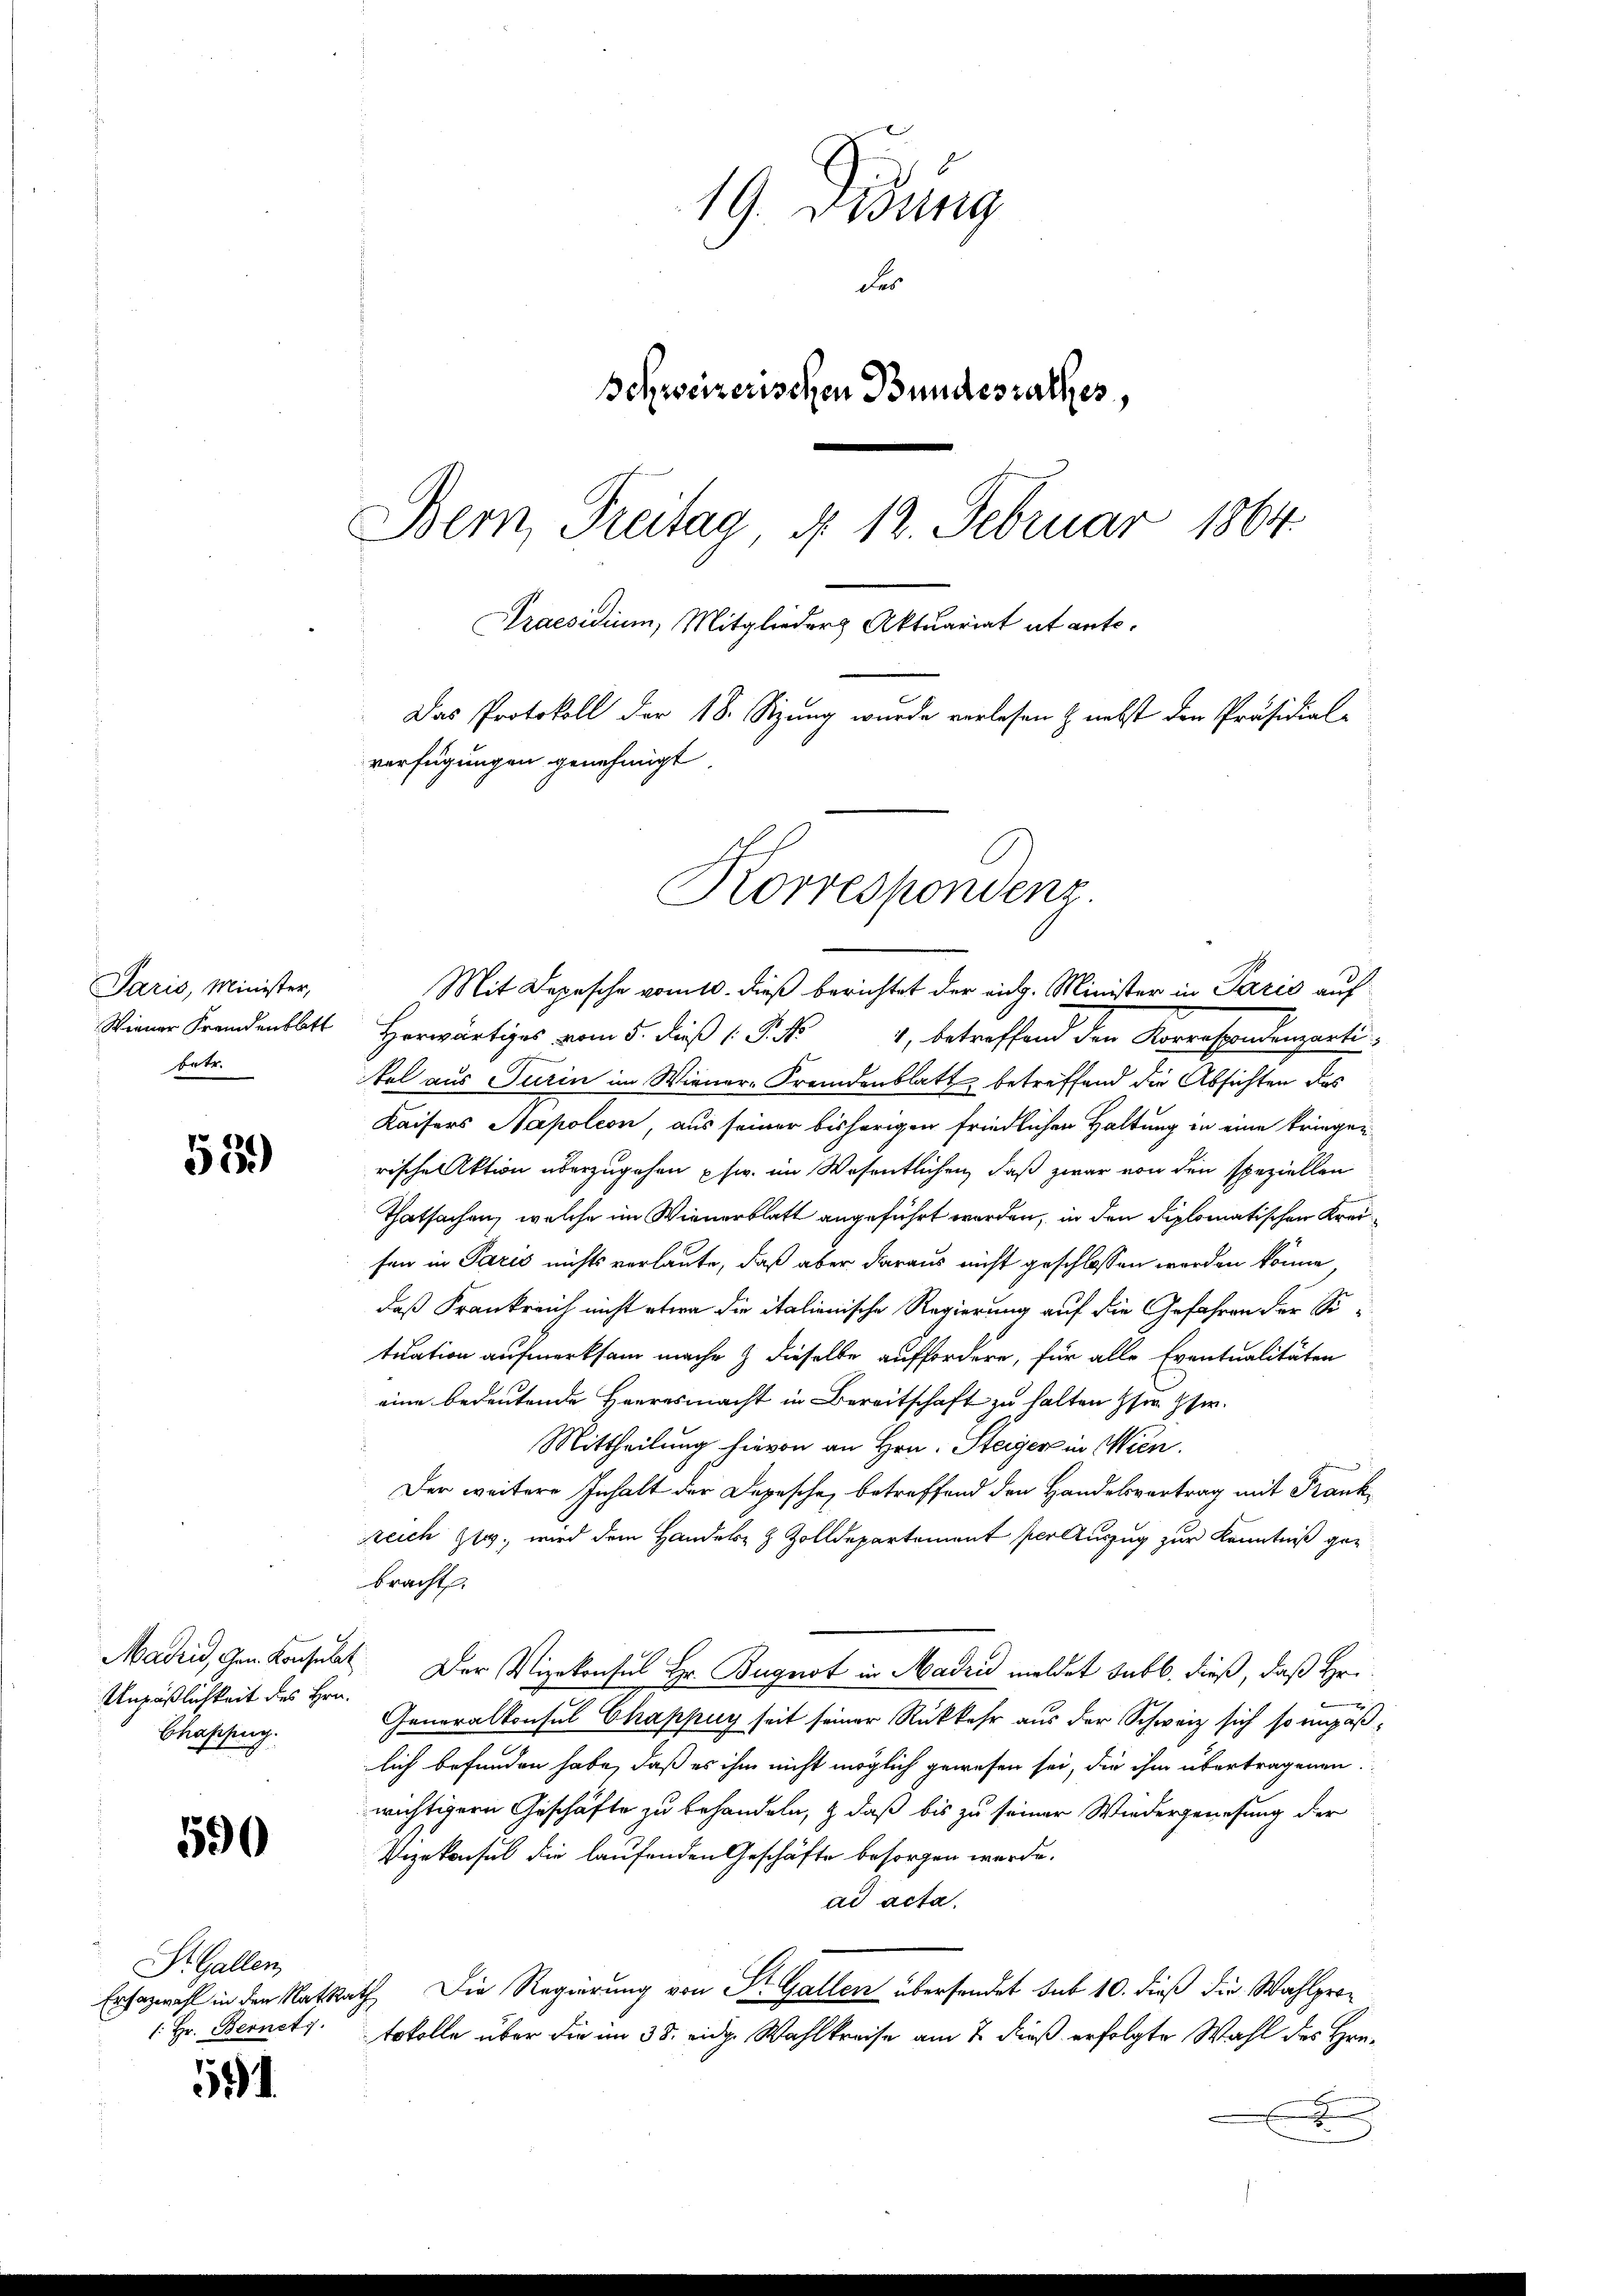
Paris, Minister,
Wiener Fremdenblatt
betr.

55.)

Unpäßlichkeit des Hrn.
Chafzug.

550

St. Gallen,
(: Hr. Bernetz.

.

19. Didung
der
Schweizerischen Bundesrathes,
Bern, Treitag § 12. Februar 1864.
Praesidium, Mitglieder Aktuariat et ante.
Das Protokoll der 18. Stzung wurde verlesen & nebst den Präsidial-
verfügungen genehmigt

Korrespondenz.

Mit Depesche vom 10. dieß berichtet der eidg. Minister in Paris auf
Herwärtiges vom 5. dieß 1 S. 4, betreffend den Korrespondenpartin
tel aus Turin im Wiener-Fremdenblatt betreffend die Absichten des
Kaisers Sapoleon, aus seiner bisherigen friedlichen Haltung in eine kriegen
rische Aktion überzugehen usw. im Wesentlichen, daß zwar von den speziellen
Thatsachen, welche im Wienerblatt angeführt worden, in den Diplomatischen Kreisen in Paris nichts verlaute, daß aber daraus nicht geschlossen werden könne
daß Krankreich nicht etwa die italienische Regierung auf die Gefahren der Situation aufmerksam mache & dieselbe auffordern, für alle Eventualitäten
eine bedeutende Herresmacht in Bereitschaft zu halten Herr Hs.
Mittheilung hievon an Hrn. Steiger in Wien.
Der weitere Inhalt der Depesche, betreffend den Handelsvortrag mit Franksreich 1., wird dem Handels- & Zolldepartement per Auszug zur Kenntniß gez
bracht.
Madrid, den konsult. Der Vizekonsul Hr. Bugnot in Madrid meldet sub b. dieß, daß Hr.
Generalkonsul Chappuy seit seiner Rückkehr aus der Schweiz sich so unpäßlich befunden habe, daß es ihm nicht möglich gewesen sei, die ihm übertragenen
wichtigern Geschäfte zu behandeln, & daß bis zu seiner Wiedergenesung der
Vizekonsul die laufenden Geschäfte besorgen werde.
ad acta.
Erfazwahl in den RatRath Die Regierung von St. Gallen übersendet sub 10. dieß die Wahlprotokolle über die im 38. eidg. Wahlkreise am 7. dieß erfolgte Wahl des Hrn.
x